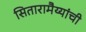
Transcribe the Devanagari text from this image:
सितारामैय्यांची